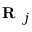
\textbf { R } _ { j }